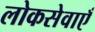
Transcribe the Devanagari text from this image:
लोकसेवाएँ